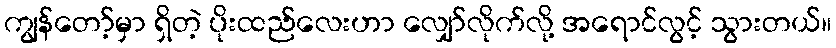
ကျွန်တော့်မှာ ရှိတဲ့ ပိုးထည်လေးဟာ လျှော်လိုက်လို့ အရောင်လွင့် သွားတယ်။